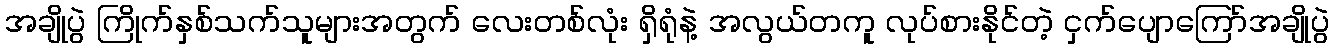
အချိုပွဲ ကြိုက်နှစ်သက်သူများအတွက် လေးတစ်လုံး ရှိရုံနဲ့ အလွယ်တကူ လုပ်စားနိုင်တဲ့ ငှက်ပျောကြော်အချိုပွဲ